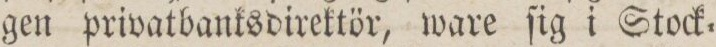
gen privatbanksdirektör, ware ſig i Stock=